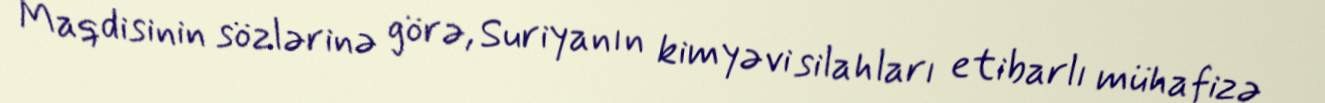
Maqdisinin sözlərinə görə, Suriyanın kimyəvi silahları etibarlı mühafizə